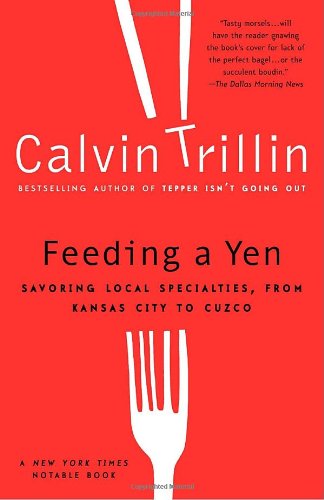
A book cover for Feeding a Yen: Savoring Local Specialties, from Kansas City to Cuzco; Calvin Trillin; Travel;